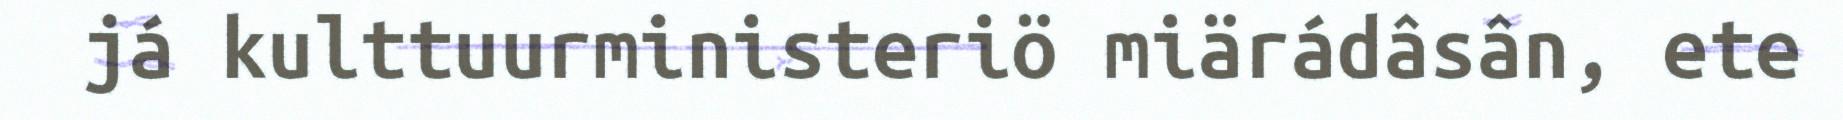
já kulttuurministeriö miärádâsân, ete